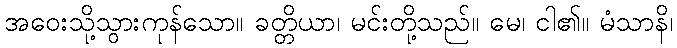
အဝေးသို့သွားကုန်သော။ ခတ္တိယာ၊ မင်းတို့သည်။ မေ၊ ငါ၏။ မံသာနိ၊